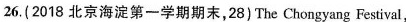
26.( 2018 北京海淀第一学期期末,28) The Chongyang Festival,